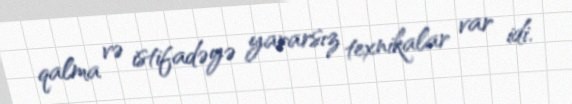
qalma və istifadəyə yararsız texnikalar var idi.